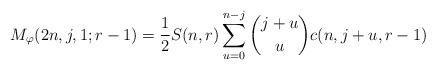
LaTeX: \begin{align*}M_{\varphi}(2n,j,1;r-1)=\frac{1}{2}S(n,r)\sum_{u=0}^{n-j}\binom{j+u}{u}c(n,j+u,r-1)\end{align*}